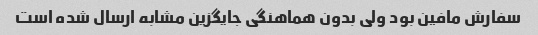
سفارش مافین بود ولی بدون هماهنگی جایگزین مشابه ارسال شده است